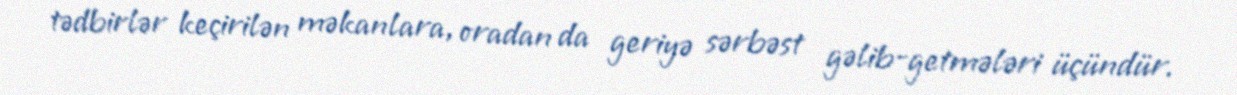
tədbirlər keçirilən məkanlara, oradan da geriyə sərbəst gəlib-getmələri üçündür.